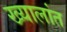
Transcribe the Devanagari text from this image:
ख्यालांत